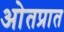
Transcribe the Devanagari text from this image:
ओतप्रात